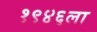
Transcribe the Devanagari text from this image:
१९४६ला